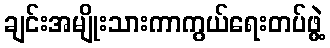
ချင်းအမျိုးသားကာကွယ်ရေးတပ်ဖွဲ့